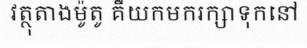
វត្ថុតាងម៉ូតូ គឺយកមករក្សាទុកនៅ